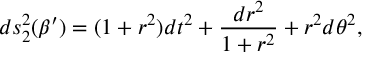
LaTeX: d s _ { 2 } ^ { 2 } ( \beta ^ { \prime } ) = ( 1 + r ^ { 2 } ) d t ^ { 2 } + \frac { d r ^ { 2 } } { 1 + r ^ { 2 } } + r ^ { 2 } d \theta ^ { 2 } ,